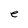
Character: e